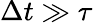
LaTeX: \Delta t\gg\tau